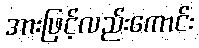
အားဖြင့်လည်းကောင်း